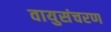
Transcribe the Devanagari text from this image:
वायुसंचरण